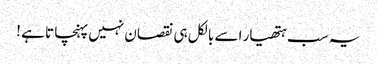
یہ سب ہتھیار اسے بالکل ہی نقصان نہیں پہنچا تا ہے !